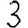
Digit: 3